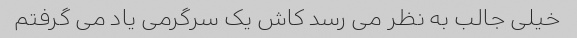
خیلی جالب به نظر می رسد کاش یک سرگرمی یاد می گرفتم